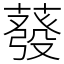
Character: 蕟